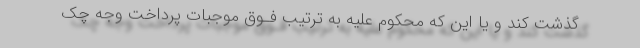
گذشت کند و یا این که محکوم علیه به ترتیب فـوق موجبات پرداخت وجه چک